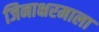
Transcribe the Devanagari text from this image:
जिनाक्षरमाला